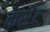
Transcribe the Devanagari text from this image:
कसेट